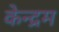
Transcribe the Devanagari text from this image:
केन्द्रम